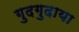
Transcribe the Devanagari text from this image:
गुदगुदाया